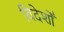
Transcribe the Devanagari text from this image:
विदेशोँ